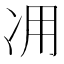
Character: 𠖿